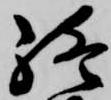
終